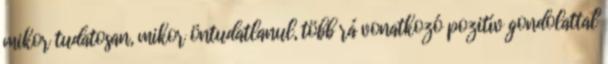
mikor tudatosan, mikor öntudatlanul, több rá vonatkozó pozitív gondolattal